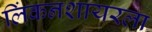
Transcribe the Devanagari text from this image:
लिंकनशायरला